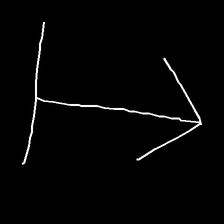
Glyph: levitation